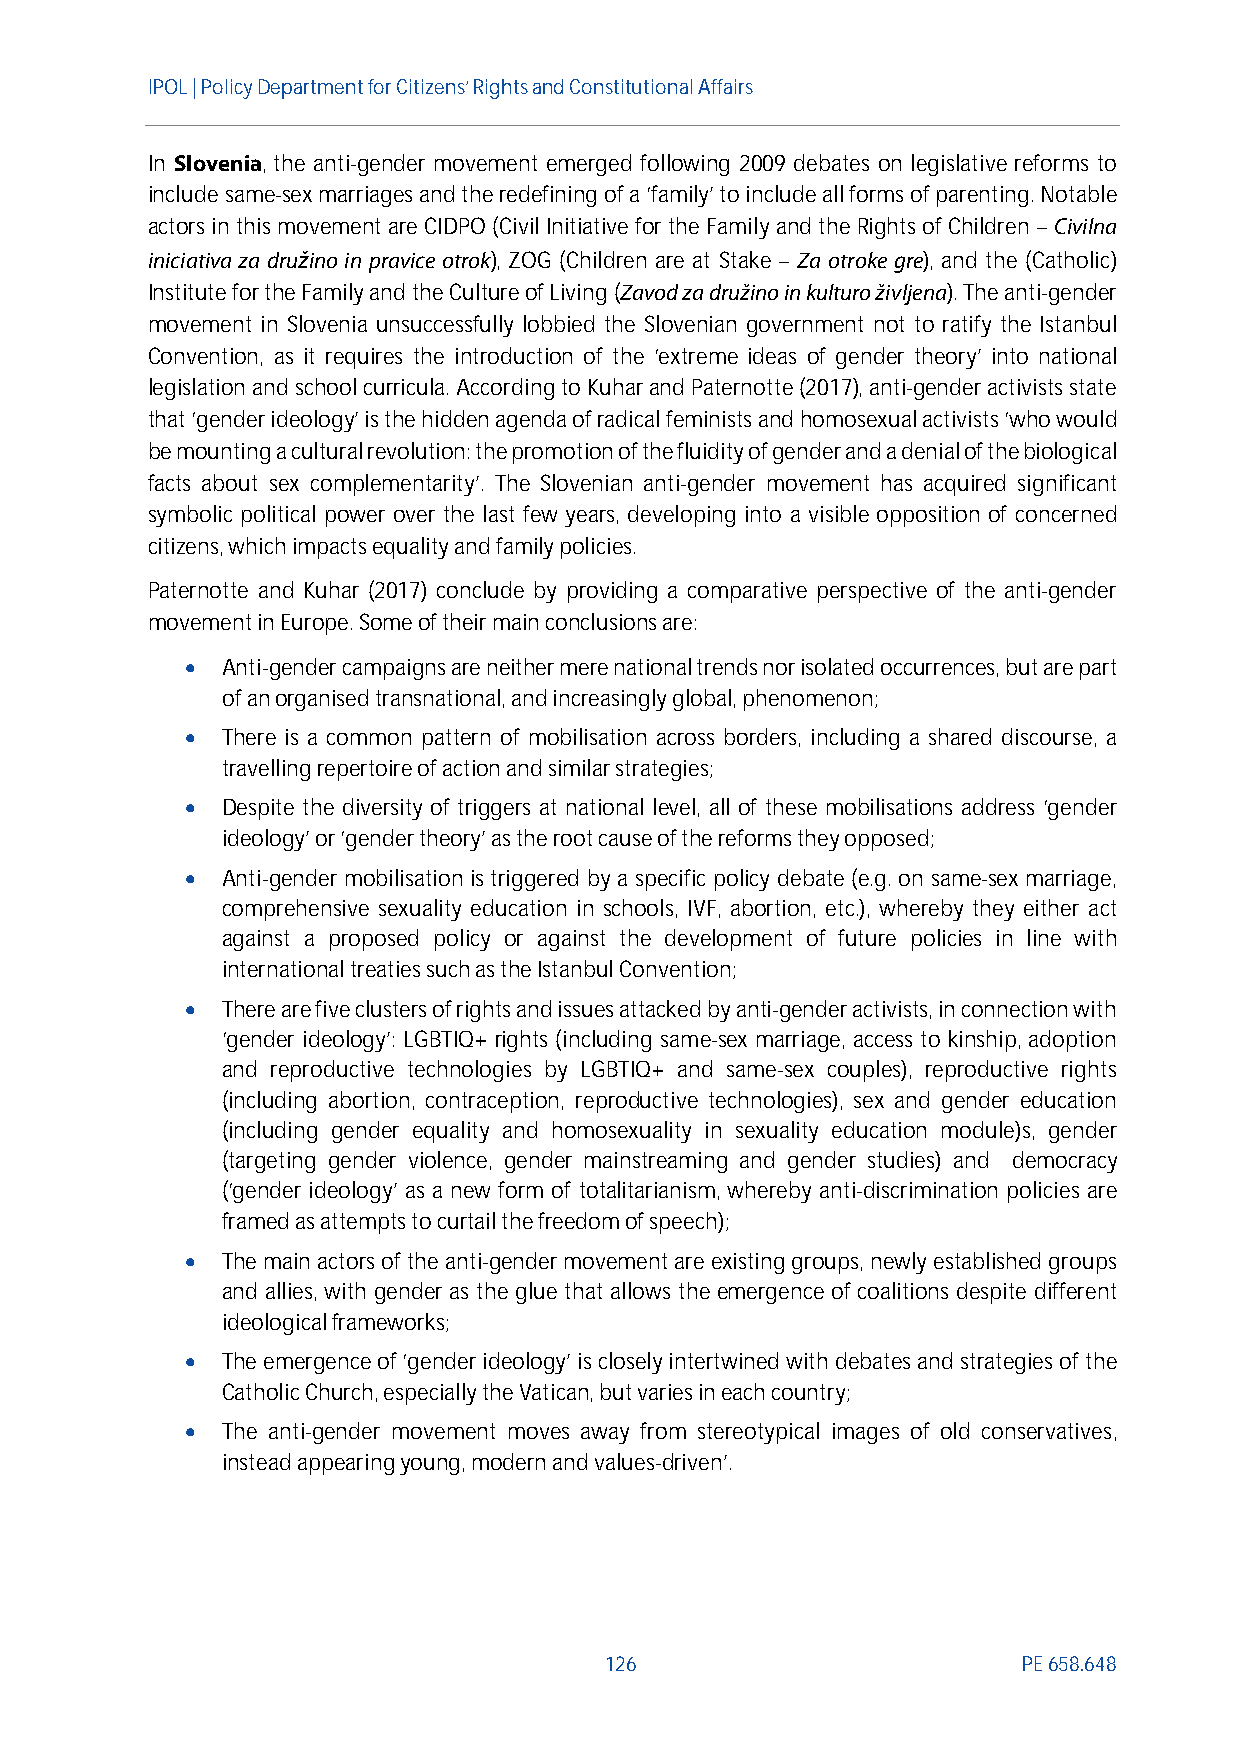
IPOL | Policy Departmentfor Citizens’ Rights and Constitutional Affairs
 In Slovenia, the anti-gender movement emerged following 2009 debates on legislative reforms to
 include same-sex marriages and the redefining of a ‘family’ to include all forms of parenting. Notable
 actors in this movement are CIDPO (Civil Initiative for the Family and theRights of Children–Civilna
 iniciativa za družino in pravice otrok), ZOG (Children are at Stake – Za otroke gre), and the (Catholic)
 Institute for the Family and the Culture of Living (Zavod za družino in kulturo življena). The anti-gender
 movement in Slovenia unsuccessfully lobbied the Slovenian government not to ratify the Istanbul
 Convention, as it requires the introduction of the ‘extreme ideas of gender theory’ into national
 legislation and school curricula. Accordingto Kuharand Paternotte(2017), anti-gender activists state
 that ‘gender ideology’ is the hidden agenda of radical feminists and homosexual activists ‘who would
 be mounting a cultural revolution: the promotion of the fluidity of gender and a denial of thebiological
 facts about sex complementarity’. The Slovenian anti-gender movement has acquired significant
 symbolic political power over the last few years, developing into a visible opposition of concerned
 citizens, which impacts equality and family policies.
 Paternotte and Kuhar (2017) conclude by providing a comparative perspective of the anti-gender
 movement in Europe. Some of their main conclusions are:
   Anti-gender campaigns are neither mere national trends nor isolated occurrences, but are part
 of anorganised transnational, and increasingly global, phenomenon;
   There is a common pattern of mobilisation across borders, including a shared discourse, a
 travelling repertoire of action and similar strategies;
   Despite the diversity of triggers at national level, all of these mobilisations address ‘gender
 ideology’ or ‘gender theory’ as the root cause of the reforms they opposed;
   Anti-gender mobilisation is triggered by a specific policy debate (e.g. on same-sex marriage,
 comprehensive sexuality education in schools, IVF, abortion, etc.), whereby they either act
 against a proposed policy or against the development of future policies in line with
 international treaties such as the Istanbul Convention;
   There are five clusters of rights and issues attacked by anti-gender activists, in connection with
 ‘gender ideology’: LGBTIQ+ rights (including same-sex marriage, access to kinship, adoption
 and reproductive technologies by LGBTIQ+ and same-sex couples), reproductive rights
 (including abortion, contraception, reproductive technologies), sex and gender education
 (including gender equality and homosexuality in sexuality education module)s, gender
 (targeting gender violence, gender mainstreaming and gender studies) and democracy
 (‘gender ideology’ as a new form of totalitarianism, whereby anti-discrimination policies are
 framed as attempts to curtail the freedom of speech);
   The main actors of the anti-gender movement are existing groups, newly established groups
 and allies, with gender as the glue that allows the emergence of coalitions despite different
 ideological frameworks;
   The emergence of ‘gender ideology’ is closely intertwined with debates and strategies of the
 Catholic Church, especially the Vatican, but varies in each country;
   The anti-gender movement moves away from stereotypical images of old conservatives,
 instead appearingyoung, modern and values-driven’.
 126                         PE658.648